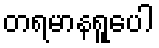
တရမာနရူပေါ